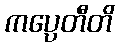
ကပ္ပေတီတိ